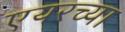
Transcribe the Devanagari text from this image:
एयरच्या